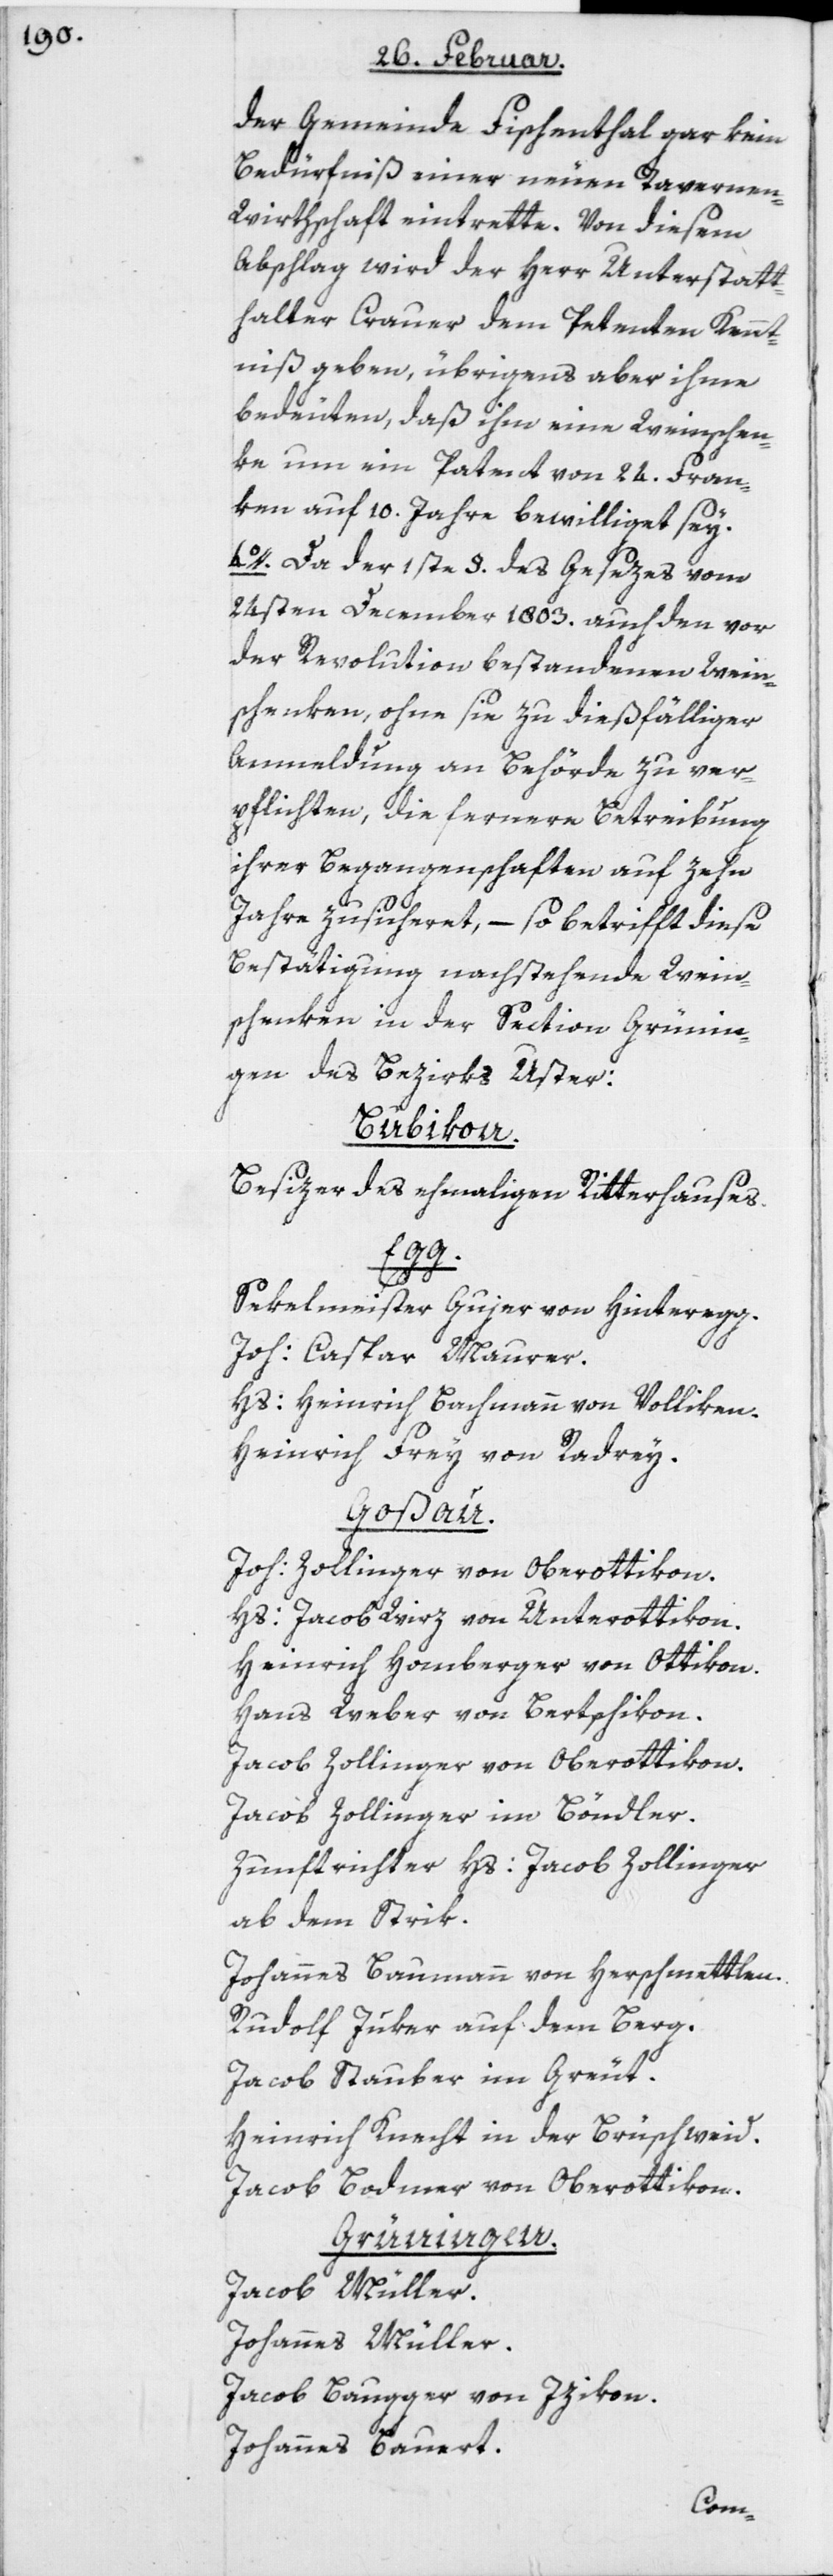
der Gemeinde Fischenthal gar kein
Bedürfniß einer neuen Tavernen-W¬
irthschaft eintrette. Von diesem
Abschlag wird der Herr Unterstatt¬
halter Crauer dem Petenten Kennt¬
niß geben, übrigens aber ihme
bedeuten, daß ihm eine Weinschen¬
ke um ein Patent von 24. Fran¬
ken auf 10. Jahre bewilliget sey.
4o. Da der 1ste §. des Gesezes vom
24sten December 1803. auch den vor
der Revolution bestandenen Wein¬
schenken, ohne sie zu dießfälliger
Anmeldung an Behörde zu ver¬
pflichten, die fernere Betreibung
ihrer Begangenschaften auf zehn
Jahre zusicheret, – so betrifft diese
Bestätigung nachstehende Wein¬
schenken in der Section Grünin¬
gen des Bezirks Uster:
Bubikon.
Besizer des ehemahligen Ritterhauses.
Egg.
Sekelmeister Gujer von Hinteregg.
Joh: Caspar Maurer.
Hs: Heinrich Bachmann von Volliken.
Heinrich Frey von Radrey.
Goßau.
Joh: Zollinger von Oberottikon.
Hs: Jacob Wirz von Unterottikon.
Heinrich Homberger von Ottikon.
Hans Weber von Bertschikon.
Jacob Zollinger von Oberottikon.
Jacob Zollinger im Böndler.
Zunftrichter Hs: Jacob Zollinger
ab dem Strik.
Johannes Baumann von Herschmettlen.
Rudolf Juker auf dem Berg.
Jacob Stauber im Greut.
Heinrich Knecht in der Brüschweid.
Jacob Bodmer von Oberottikon.
Grüningen.
Jacob Müller.
Johannes Müller.
Jacob Baugger von Izikon.
Johannes Bauert.